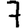
Digit: 7